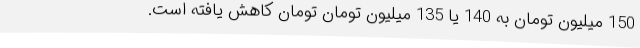
150 میلیون تومان به 140 یا 135 میلیون تومان تومان کاهش یافته است.